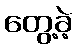
တွေ့ခဲ့